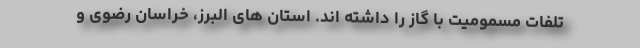
تلفات مسمومیت با گاز را داشته اند. استان های البرز، خراسان رضوی و